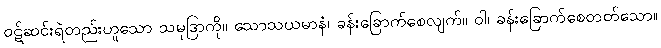
ဝဋ်ဆင်းရဲတည်းဟူသော သမုဒြာကို။ သောသယမာနံ၊ ခန်းခြောက်စေလျက်။ ဝါ၊ ခန်းခြောက်စေတတ်သော။